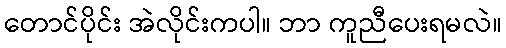
တောင်ပိုင်း အဲလိုင်းကပါ။ ဘာ ကူညီပေးရမလဲ။